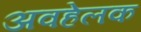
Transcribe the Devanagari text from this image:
अवहेलक